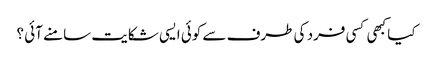
کیا کبھی کسی فرد کی طرف سے کوئی ایسی شکایت سامنے آئی ؟